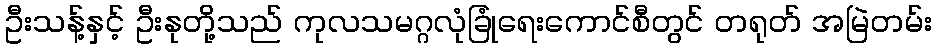
ဦးသန့်နှင့် ဦးနုတို့သည် ကုလသမဂ္ဂလုံခြုံရေးကောင်စီတွင် တရုတ် အမြဲတမ်း